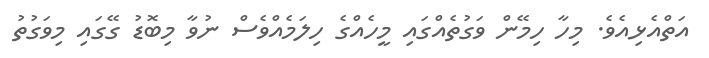
އަތްއެޅިއެވެ. މިހާ ހިމޭން ވަގުތެއްގައި މީހެއްގެ ހިލަމެއްވެސް ނުވާ މިބޮޑު ގޭގައި މިވަގުތު